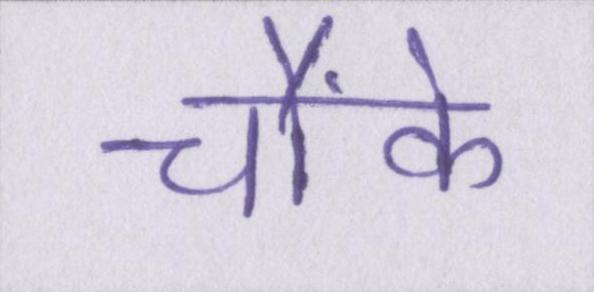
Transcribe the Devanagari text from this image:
चौंके